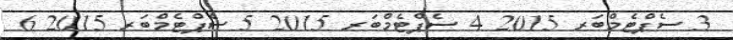
3 ސެޕްޓެމްބަރ 2015 4 ސެޕްޓެމްބަރ 2015 5 ސެޕްޓެމްބަރ 2015 6